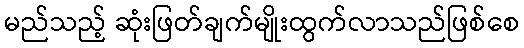
မည်သည့် ဆုံးဖြတ်ချက်မျိုးထွက်လာသည်ဖြစ်စေ